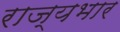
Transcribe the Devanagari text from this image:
राज्‍यभार